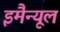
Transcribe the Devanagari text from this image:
इमैन्यूल